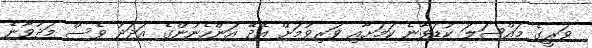
ވަރީގެ މައްސަލަ ކުޑަވާނެ ކަމަށާއި ވަރިވުމަށް އެދޭ އަންހެނުންގެ އަދަދު ވެސް މަދުވާނެ